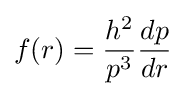
f(r)={\frac {h^{2}}{p^{3}}}{\frac {dp}{dr}}